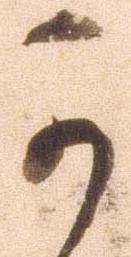
可